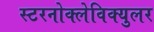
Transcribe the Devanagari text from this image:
स्टरनोक्लेविक्युलर